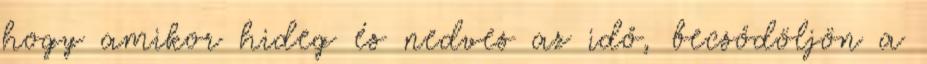
hogy amikor hideg és nedves az idő, becsődöljön a